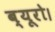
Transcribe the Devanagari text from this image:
ब्यूरो।